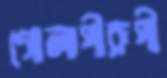
গোলাপীরূপী